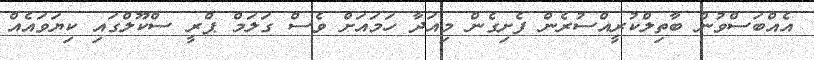
އެއްބަސްވުން ބާތިލްކުރީއްސުރެން ފެށިގެން މިއަދާ ހަމައަށް ވެސް ގަލަމް ޕްރީ ސްކޫލްގައި ކިޔަވައެއް